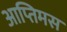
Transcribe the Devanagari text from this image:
आप्तिमस